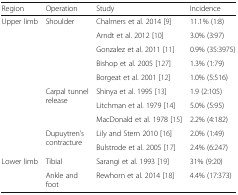
<table><thead><tr><td><b>Region</b></td><td><b>Operation</b></td><td><b>Study</b></td><td><b>Incidence</b></td></tr></thead><tbody><tr><td rowspan="10">Upper limb</td><td rowspan="5">Shoulder</td><td>Chalmers et al. 2014 [9]</td><td>11.1% (1:8)</td></tr><tr><td>Arndt et al. 2012 [10]</td><td>3.0% (3:97)</td></tr><tr><td>Gonzalez et al. 2011 [11]</td><td>0.9% (35:3975)</td></tr><tr><td>Bishop et al. 2005 [127]</td><td>1.3% (1:79)</td></tr><tr><td>Borgeat et al. 2001 [12]</td><td>1.0% (5:516)</td></tr><tr><td rowspan="3">Carpal tunnel release</td><td>Shinya et al. 1995 [13]</td><td>1.9 (2:105)</td></tr><tr><td>Litchman et al. 1979 [14]</td><td>5.0% (5:95)</td></tr><tr><td>MacDonald et al. 1978 [15]</td><td>2.2% (4:182)</td></tr><tr><td rowspan="2">Dupuytren’s contracture</td><td>Lily and Stern 2010 [16]</td><td>2.0% (1:49)</td></tr><tr><td>Bulstrode et al. 2005 [17]</td><td>2.4% (6:247)</td></tr><tr><td rowspan="2">Lower limb</td><td>Tibial</td><td>Sarangi et al. 1993 [19]</td><td>31% (9:20)</td></tr><tr><td>Ankle and foot</td><td>Rewhorn et al. 2014 [18]</td><td>4.4% (17:373)</td></tr></tbody></table>